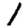
Digit: 1